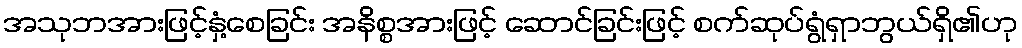
အသုဘအားဖြင့်နှံ့စေခြင်း အနိစ္စအားဖြင့် ဆောင်ခြင်းဖြင့် စက်ဆုပ်ရွံရှာဘွယ်ရှိ၏ဟု